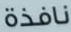
نافذة